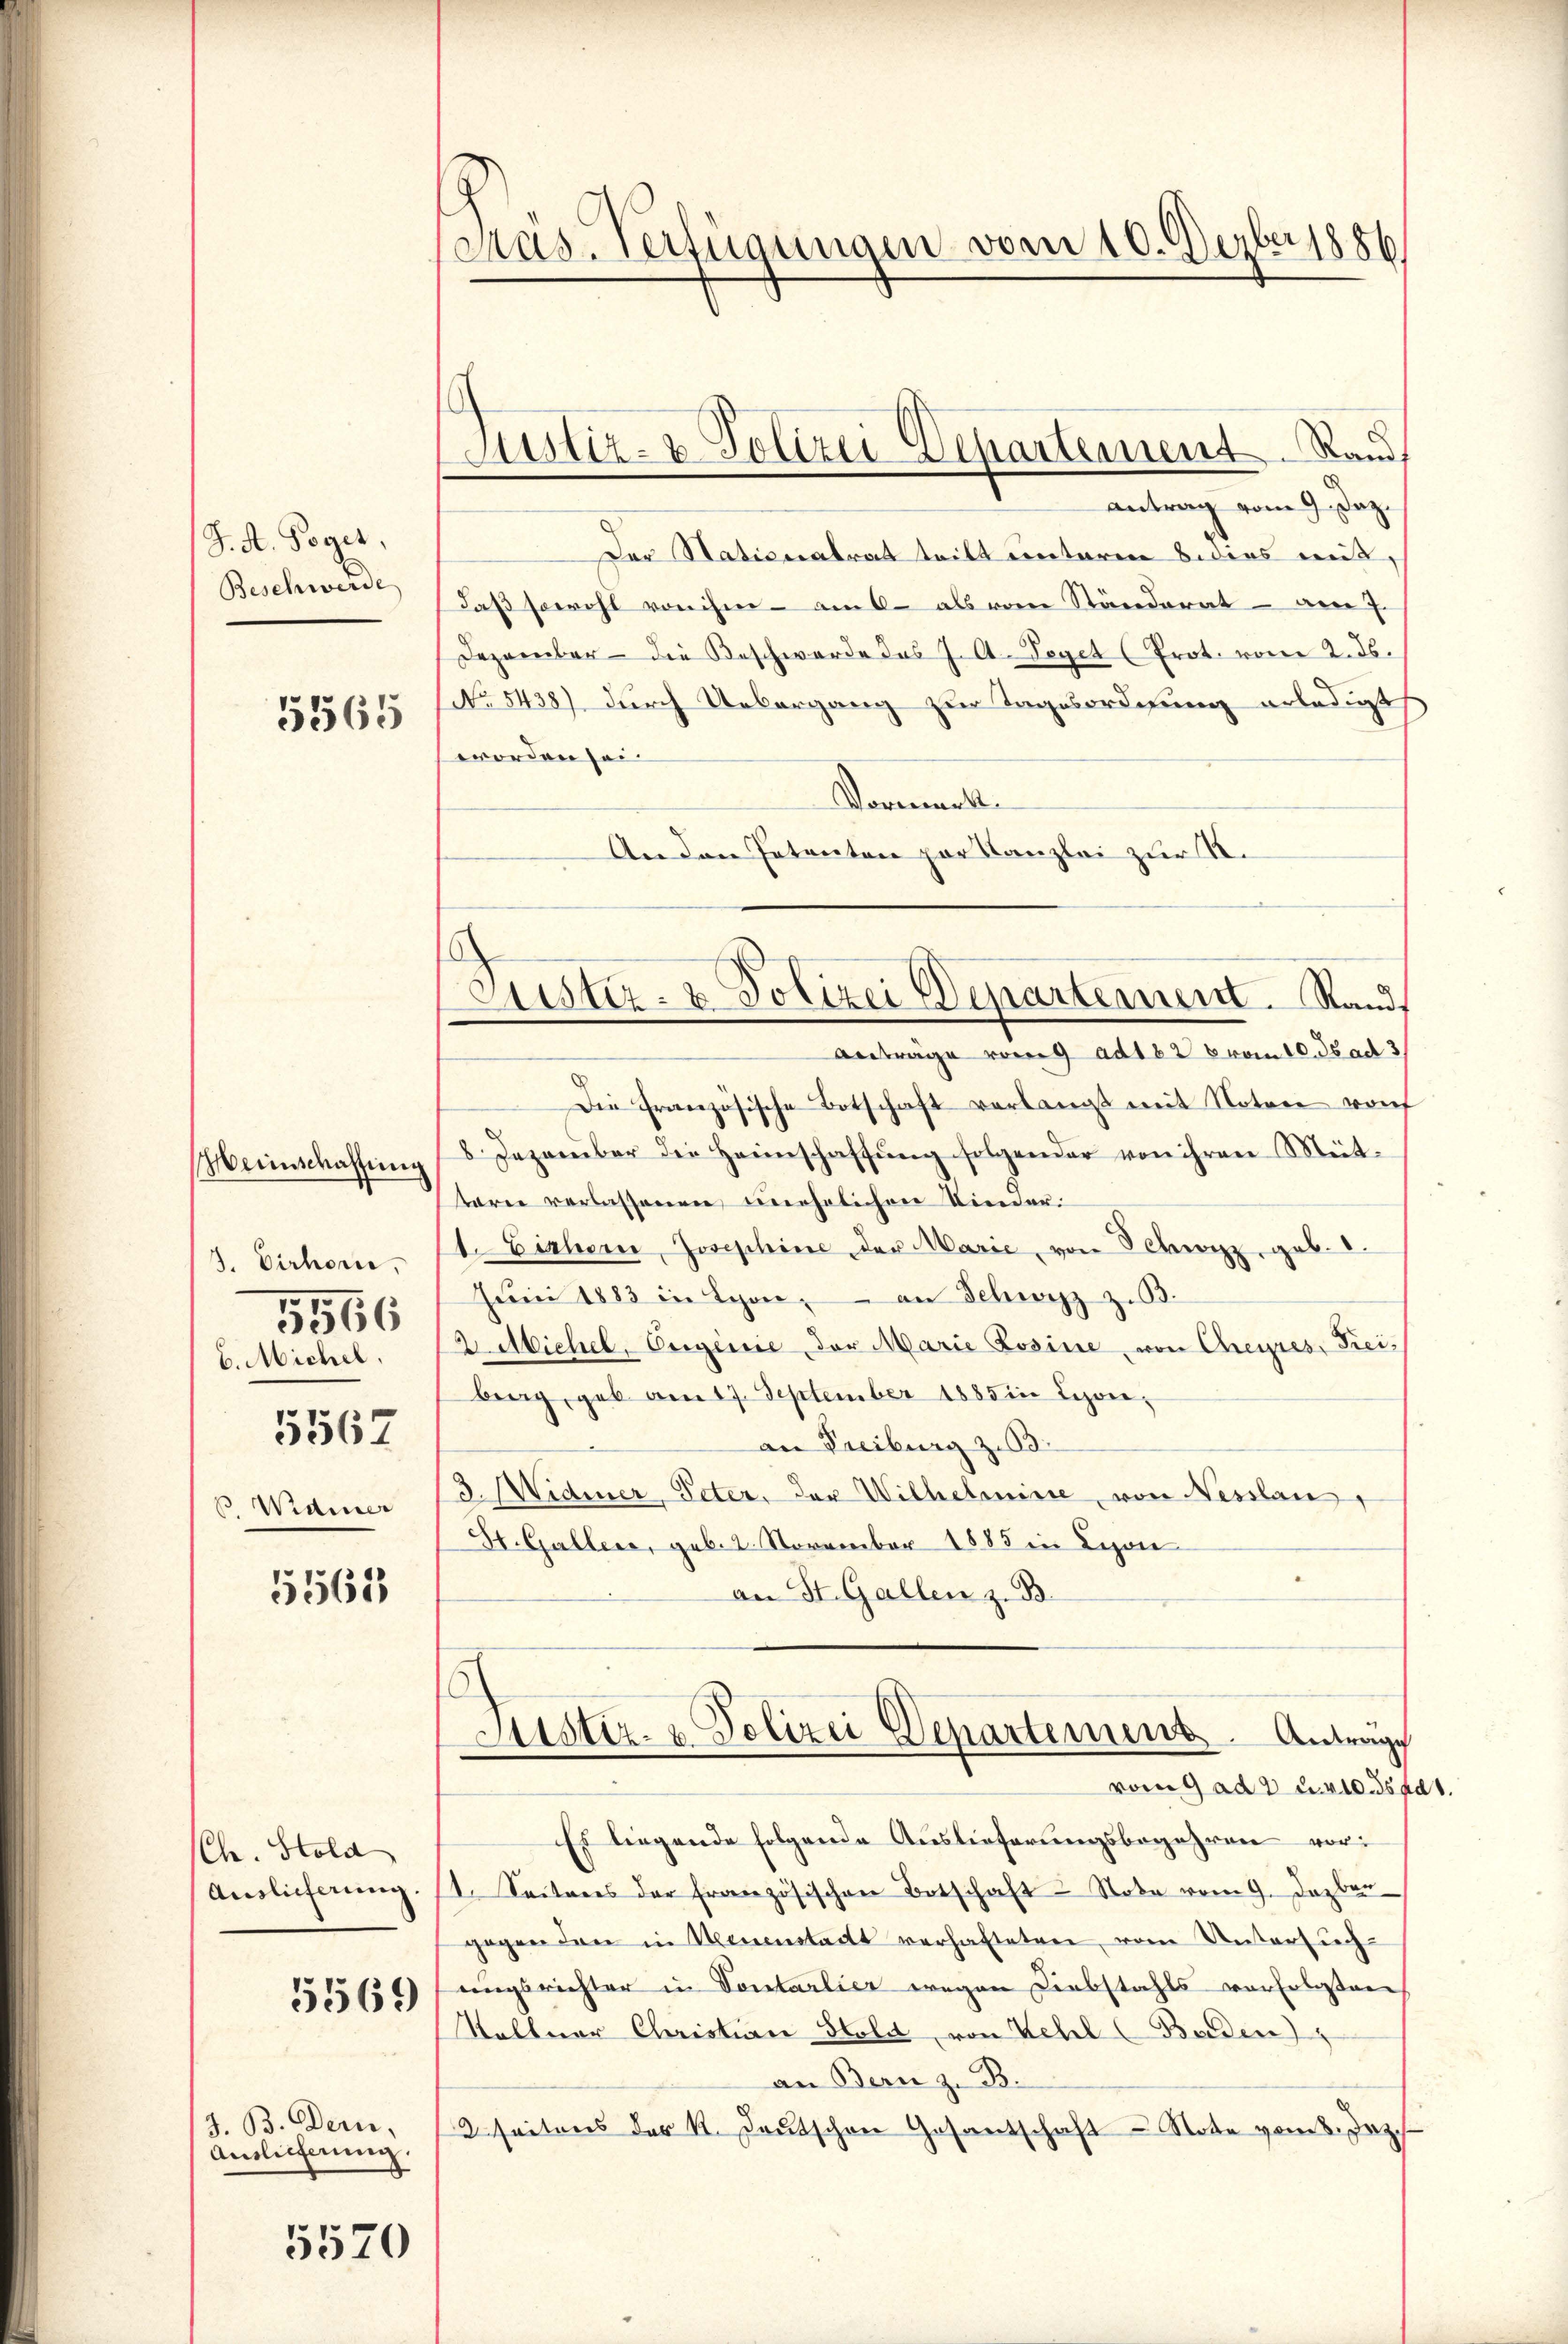
J. A. Poget,
Beschwerde
5565

Meinschaffung
J. Cirhorn,
b. Michel.
5562
. Wainer

5566

5561

Ch. Stold

5569

J. B. Dern,
Auslieferung.

5570

.
Pas-Verfügungen vom 10. Dezbr 1886

Justiz- & Polizei Departement Rand

antrag vom 9. Daz.
Der Stationalrat teilt unteren B. dies mit,
daß sowohl von ihm - am 6. als vom Ständerat – am 7.
Dezember - die Beschwerde das J. A. Veget (Prot. vom 2. ds.
No 5438) durch Uebergang zur Tagesordnung erledigt
worden sei
Vorment
An den Patenten par Kanzlei zur S.
Die französische Botschaft verlangt mit Noten von
8 Dezember die Heimschaffŭng folgender von ihren Meit-
tern verlassenen unehelichen Kinder¬
1. Eicher, Josephine der Marie, von Schwyz, geb. 2.
Jŭni 1883 in Lyon, an Schwyz z. B.
2. Michel, Orginie, der Marie Losine, von Cheyres, Frei-
berg, geb. am 17. September 1885 in Lyon,
an Freiburg z. 3.
3Midmer, Peter, der Wilhelmisse, von Nesslau,
Ht. Gallers, geb. 2. November 1885 in Leon
an St. Gallen z. B.
Justiz- & Polizei Departement. Anträge
vom 9 ad 2 u. 410. ds ad
Es liegende folgende Auslieferungsbegehren vor¬
Auslieferŭng. (1. Seiteres der französischen Botschaft Note vom 9. Jazber
gegen den in Neuenstadt verhalteten vom Untersuch
ungsrichter in Vontarlier wegen Diebstahls verfolasten
Stattuar Christire Hold, von Kehl (Baden
an Bern z. B.
2 seitens der K. Deutschen Gesantschaft - Note vom 8. Jez.

Justiz- & Polizei Departement. Stand
Anträge vom 9. ad 1826 vom 10. Jad 3